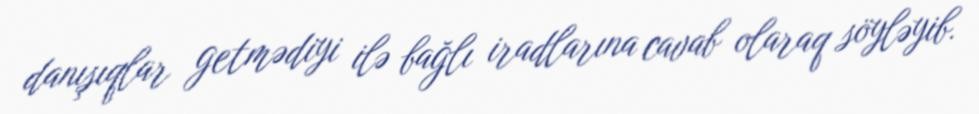
danışıqlar getmədiyi ilə bağlı iradlarına cavab olaraq söyləyib.